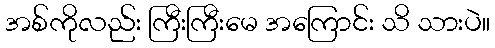
အစ်ကိုလည်း ကြီးကြီးမေ အကြောင်း သိ သားပဲ။